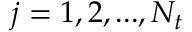
j = 1 , 2 , . . . , N _ { t }